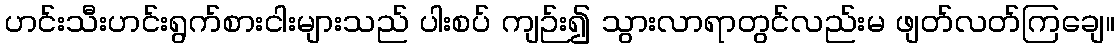
ဟင်းသီးဟင်းရွက်စားငါးများသည် ပါးစပ် ကျဉ်း၍ သွားလာရာတွင်လည်းမ ဖျတ်လတ်ကြချေ။